画像に写った文字を読んでください
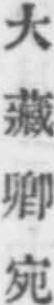
「大藏卿宛」と書いてあります